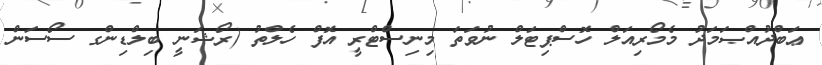
ޢަބްދުއްޞަމަދު މެމޯރިއަލް ހޮސްޕިޓަލް ނުވަތަ މިނިސްޓްރީ އޮފް ހެލްތު (ރޯޝަނީ ބިލްޑިންގ ސޯސަން